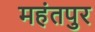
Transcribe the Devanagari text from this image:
महंतपुर